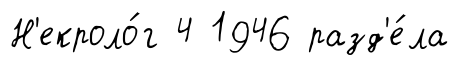
Н'екроло́г 4 1946 разд'е́ла